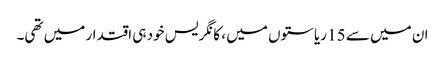
ان میں سے 15 ریاستوں میں ، کانگریس خود ہی اقتدار میں تھی۔